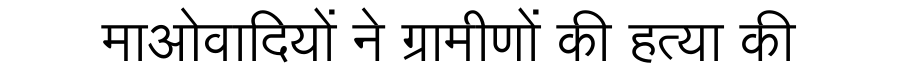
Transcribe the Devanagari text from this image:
माओवादियों ने ग्रामीणों की हत्या की